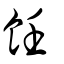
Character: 餁